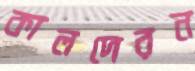
কালদেরন